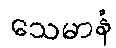
သေမာနံ